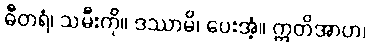
ဓီတရံ၊ သမီးကို။ ဒဿာမိ၊ ပေးအံ့။ ဣတိအာဟ၊